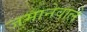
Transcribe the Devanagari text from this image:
जमानेवाले